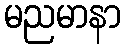
မညမာနာ